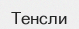
Тенсли